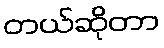
တယ်ဆိုတာ